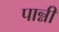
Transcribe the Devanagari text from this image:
पान्नी